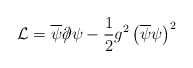
\begin{align*} \mathcal{L}=\overline{\psi}\partial\hspace{-0.2cm}/\psi-\frac{1}{2}g^{2}\left(\overline{\psi}\psi\right)^{2}\end{align*}